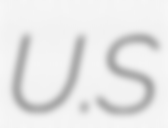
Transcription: U.S